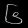
Digit: ၆